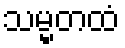
သမ္မတထံ